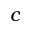
c